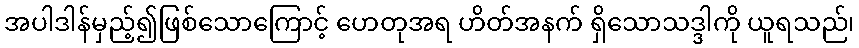
အပါဒါန်မှည့်၍ဖြစ်သောကြောင့် ဟေတုအရ ဟိတ်အနက် ရှိသောသဒ္ဒါကို ယူရသည်၊